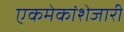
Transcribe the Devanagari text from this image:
एकमेकांशेजारी